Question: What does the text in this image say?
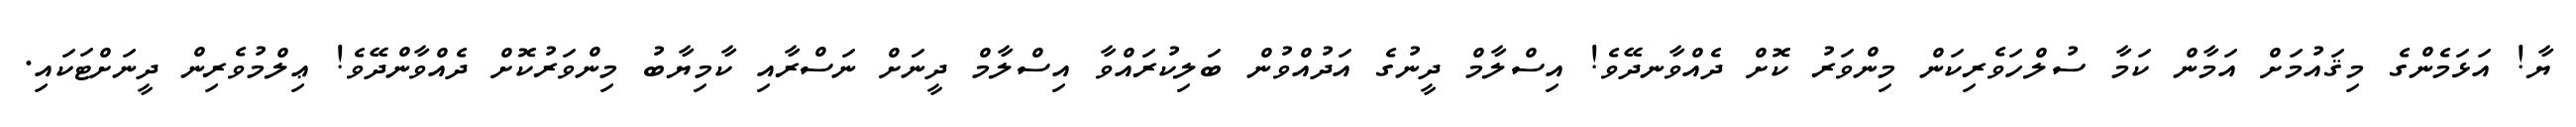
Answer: ޔާ! އަޅަމެންގެ މިޤައުމަށް އަމާން ކަމާ ސުލްހަވެރިކަން މިންވަރު ކޮށް ދެއްވާނދޭވެ! އިސްލާމް ދީނުގެ އަދުއްވުން ބަލިކުރައްވާ އިސްލާމް ދީނަށް ނަސްރާއި ކާމިޔާބު މިންވަރުކޮށް ދެއްވާންދޭވެ! ޢިލްމުވެރިން ދީނަށްޓަކައި.